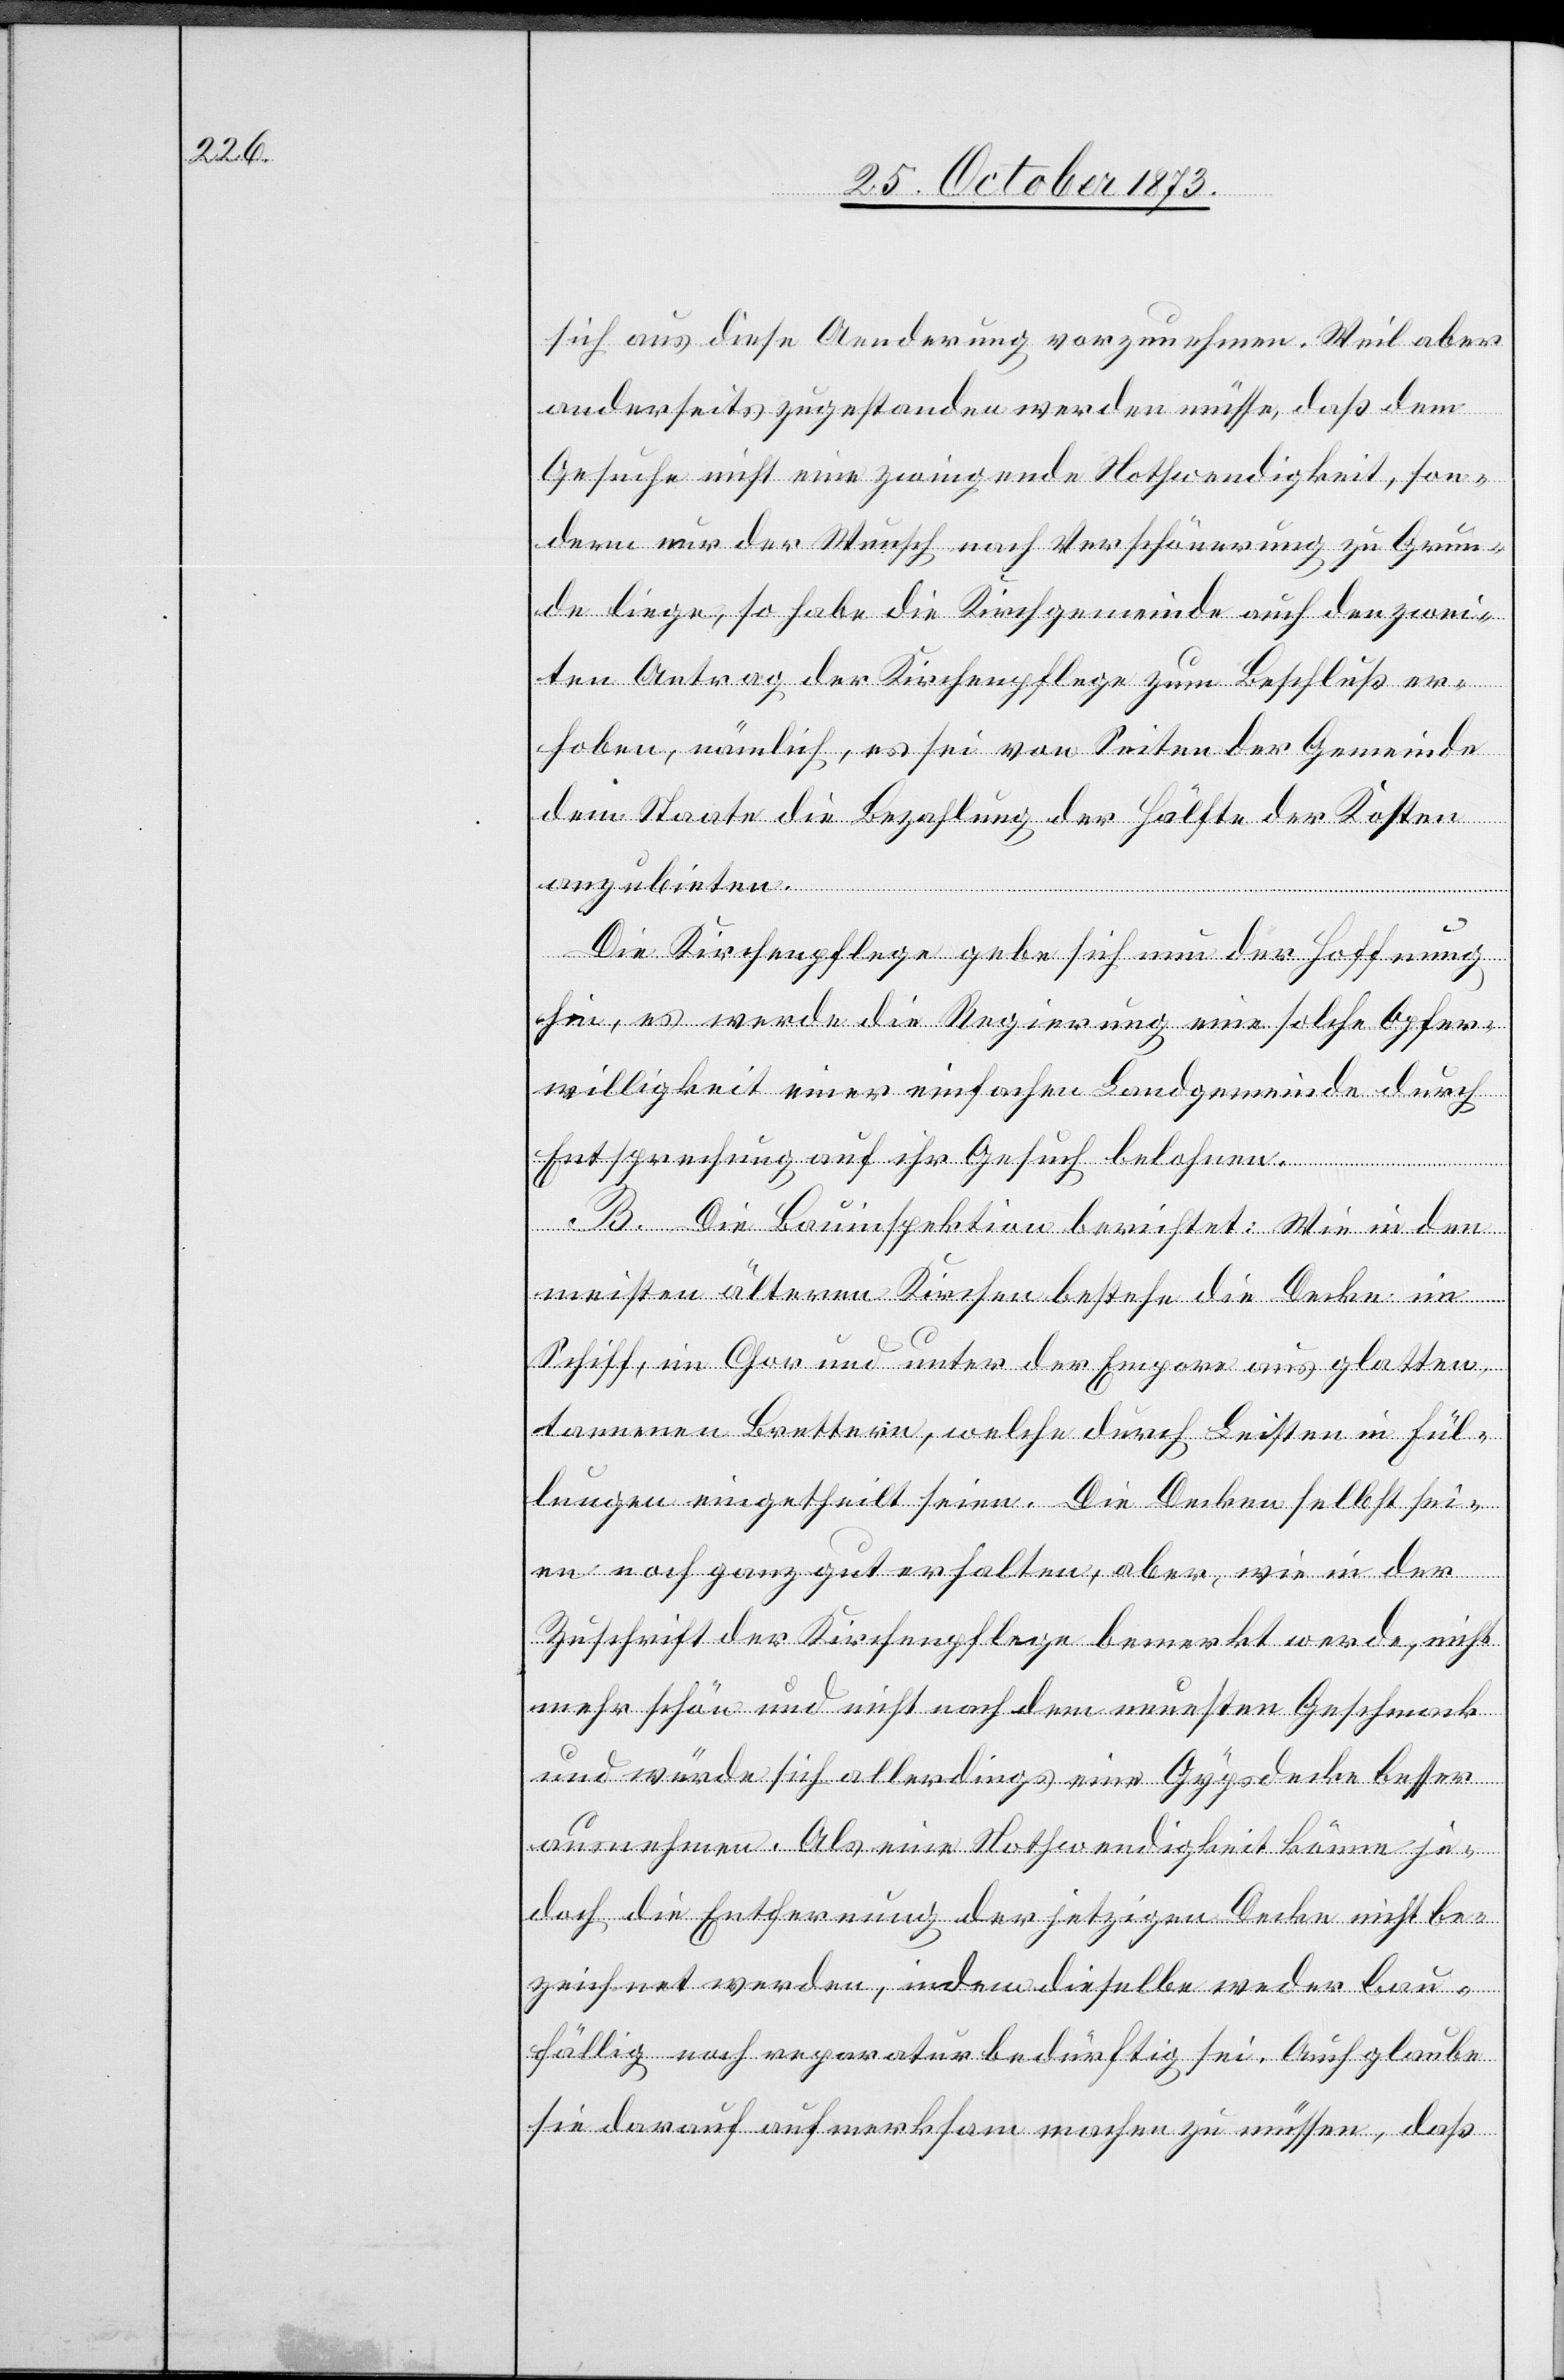
sich aus diese Aenderung vorzunehmen. Weil aber
anderseits zugestanden werden müsse, daß dem
Gesuche nicht eine zwingende Nothwendigkeit, son¬
dern nur der Wunsch nach Verschönerung zu Grun¬
de liege, so habe die Kirchgemeinde auf den zwei¬
ten Antrag der Kirchenpflege zum Beschluß er¬
hoben, nämlich, es sei von Seiten der Gemeinde
dem Staate die Bezahlung der Hälfte der Kosten
anzubieten.
Die Kirchenpflege gebe sich nun der Hoffnung
hin, es werde die Regierung eine solche Opfer¬
willigkeit einer einfachen Landgemeinde durch
Entsprechung auf ihr Gesuch belohnen.
B. Die Bauinspektion berichtet: Wie in den
meisten älteren Kirchen bestehe die Decke im
Schiff, im Chor und unter der Empore aus glatten
tannenen Brettern, welche durch Leisten in Fül¬
lungen eingetheilt seien. Die Decken selbst sei¬
en noch ganz gut erhalten, aber, wie in der
Zuschrift der Kirchenpflege bemerkt werde, nicht
mehr schön und nicht nach dem neuesten Geschmack
und würde sich allerdings eine Gypsdecke besser
ausnehmen. Als eine Nothwendigkeit könne je¬
doch die Entfernung der jetzigen Decke nicht be¬
zeichnet werden, indem dieselbe weder bau¬
fällig noch reparaturbedürftig sei. Auch glaube
sie darauf aufmerksam machen zu müssen, daß